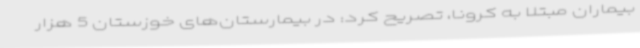
بیماران مبتلا به کرونا، تصریح کرد: در بیمارستان‌های خوزستان 5 هزار